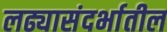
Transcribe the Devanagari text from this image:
लढ्यासंदर्भातील